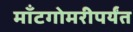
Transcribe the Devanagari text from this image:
माँटगोमरीपर्यंत